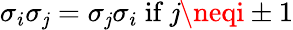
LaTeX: \sigma_{i}\sigma_{\mathit{j}}=\sigma_{\mathit{j}}\sigma_{i}{\mathrm{{~if~}}}\mathit{j}\neqi\pm1